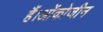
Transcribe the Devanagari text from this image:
हैं।ओंकोजीन